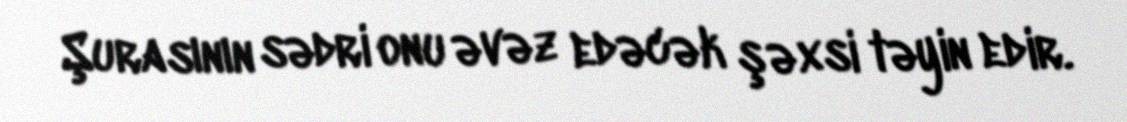
Şurasının sədri onu əvəz edəcək şəxsi təyin edir.